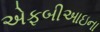
એફબીઆઇના